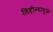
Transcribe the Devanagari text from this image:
लिहील्यामुळे